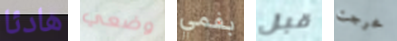
هادئا وضعي بفمي قبل خرجت